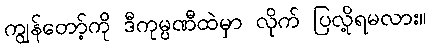
ကျွန်တော့်ကို ဒီကုမ္ပဏီထဲမှာ လိုက် ပြလို့ရမလား။